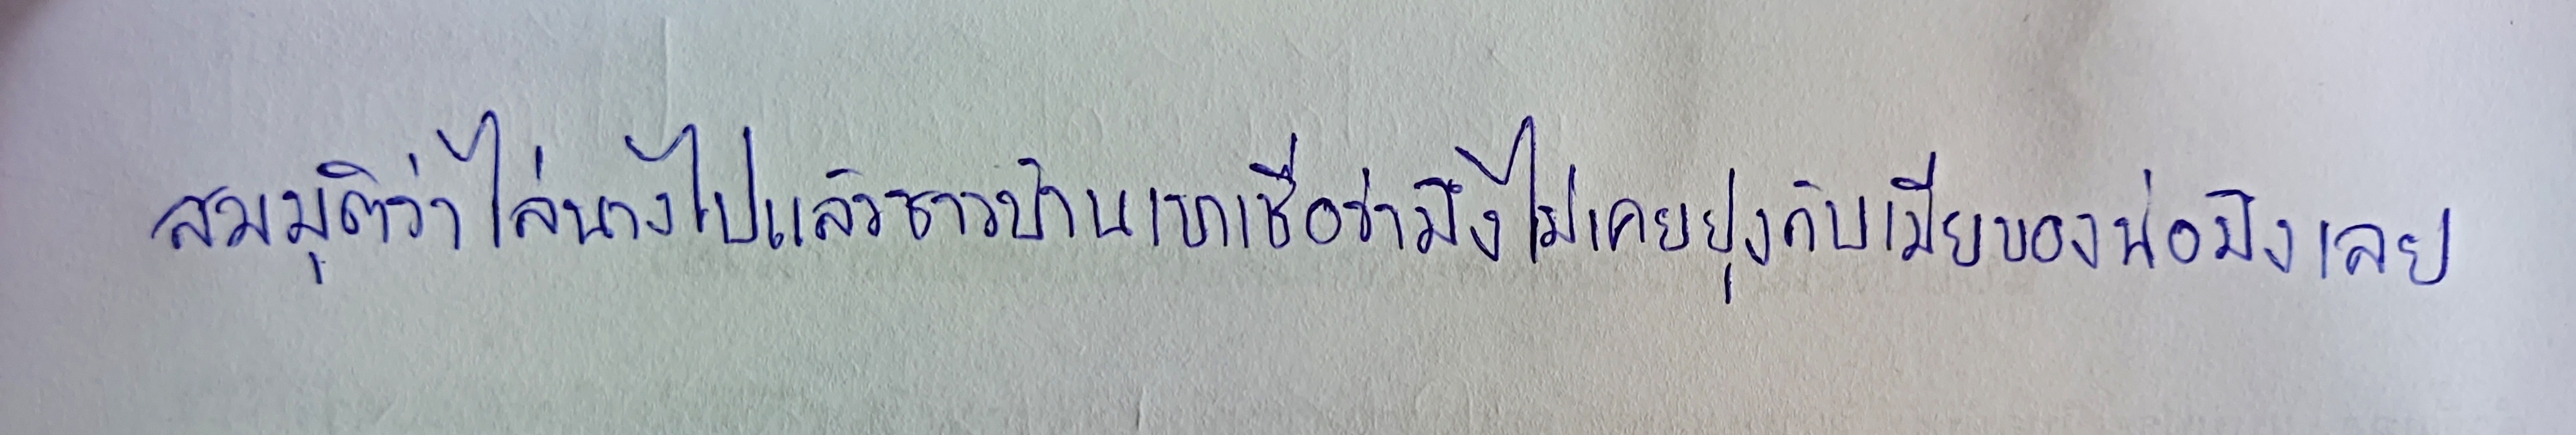
สมมุติว่าไล่นางไปแล้วชาวบ้านเขาเชื่อว่ามึงไม่เคยยุ่งกับเมียของพ่อมึงเลย